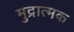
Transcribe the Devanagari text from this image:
मुद्रात्मक